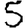
Digit: 5